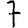
Digit: 7